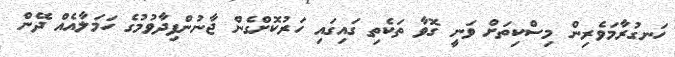
ހަނގުރާމަވެރިން މިސްކިތަށް ވަނީ ގޮވާ ތަކެތި ގައިގައި ހަރުކޮށްގެން ޖާނުންފިދާވުމުގެ ހަމަލާއެއް ދޭން